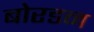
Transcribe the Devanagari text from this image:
बोरडन